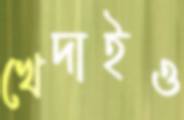
খেদাইও